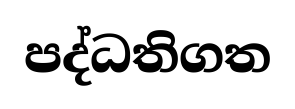
පද්ධතිගත